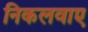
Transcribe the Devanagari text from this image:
निकलवाए